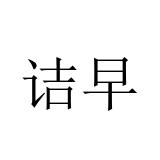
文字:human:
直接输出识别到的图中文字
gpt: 诘早